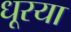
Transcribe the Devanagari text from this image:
धूरया